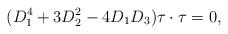
LaTeX: \begin{align*}(D_1^4 + 3D_2^2 - 4D_1D_3)\tau\cdot\tau = 0,\end{align*}